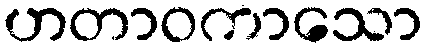
ဟတာဝကာသော